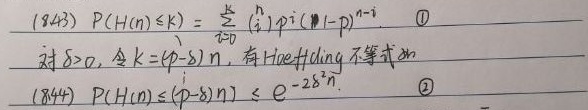
\[
\begin{align*}
(8.43)\quad P(H(n)\leq k)&=\sum_{i = 0}^{k}\binom{n}{i}p^{i}(1 - p)^{n - i}\quad \text{(1)}\\
\text{对 }\delta>0\text{，令 }k=(p - \delta)n\text{，有Hoeffding不等式如下}\\
(8.44)\quad P(H(n)\leq(p - \delta)n)&\leq e^{-2\delta^{2}n}\quad \text{(2)}
\end{align*}
\]